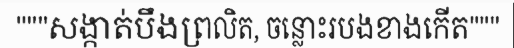
"""សង្កាត់បឹងព្រលិត, ចន្លោះរបងខាងកើត"""